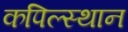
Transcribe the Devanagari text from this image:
कपिल्स्थान